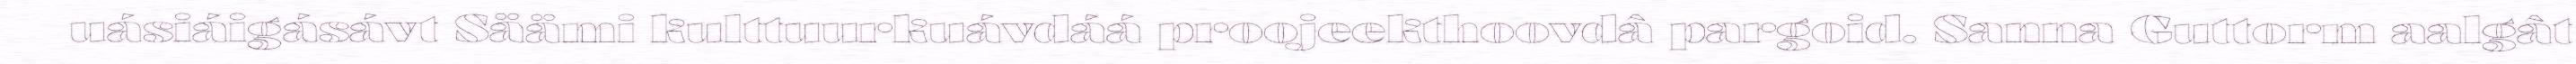
uásiáigásávt Säämi kulttuurkuávdáá proojeekthoovdâ pargoid. Sanna Guttorm aalgât